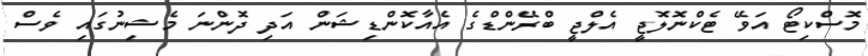
މޮސްކިޓޯ އަވޭ ޓެކްނޮލޮޖީ އެލްޖީ ބްރޭންޑްގެ އެއާކޮންޑިޝަން އަދި ދޮންނަ މެޝިނުގައި ވެސް